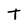
Character: t